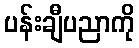
ပန်းချီပညာကို